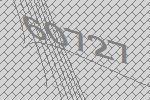
60727